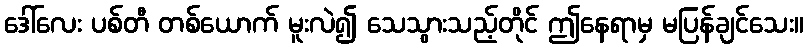
ဒေါ်လေး ပစ်တီ တစ်ယောက် မူးလဲ၍ သေသွားသည့်တိုင် ဤနေရာမှ မပြန်ချင်သေး။